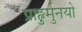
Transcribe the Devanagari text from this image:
प्राहुर्मुनयो